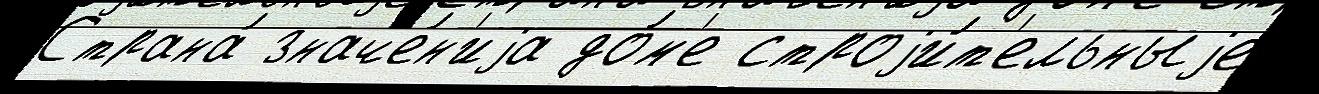
Страна́ значе́н'иjа до́м'е строjи́т'ельныjе